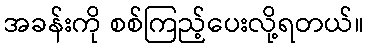
အခန်းကို စစ်ကြည့်ပေးလို့ရတယ်။